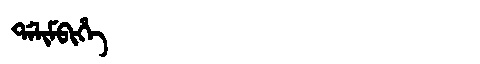
Manchu: ᡩᠠᠯᡳᠮᠪᡳᡥᡝ
Romanization: DALIMBIHE